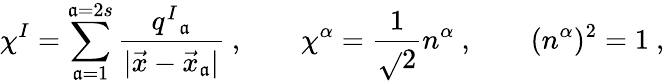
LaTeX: \chi^{I}=\sum_{\mathfrak{a}=1}^{\mathfrak{a}=2s}\frac{{q^{I}{}_{\mathfrak{a}}}}{{|\vec{{x}}-\vec{{x}}_{\mathfrak{a}}|}}\ ,\qquad\chi^{\alpha}={\frac{{1}}{{\sqrt{}{2}}}}n^{\alpha}\ ,\qquad(n^{\alpha})^{2}=1\ ,